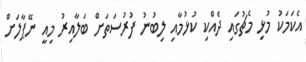
އެކަމަކު މުޅި މެޗުގައި ދެއްކި ކުޅުމާއި ލިބުނު ފުރުސަތަށް ބަލާއިރު މިއީ ނޭޕާލަށް